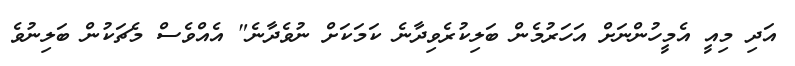
އަދި މިއީ އެމީހުންނަށް އަހަރުމެން ބަލިކުރެވިދާނެ ކަމަކަށް ނުވެދާނެ" އެއްވެސް މެޗަކުން ބަލިނުވެ